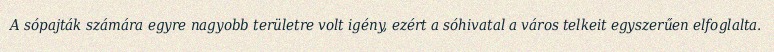
A sópajták számára egyre nagyobb területre volt igény, ezért a sóhivatal a város telkeit egyszerűen elfoglalta.